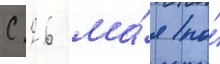
С 26 ма́я по́